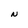
Character: N